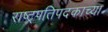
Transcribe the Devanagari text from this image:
राष्ट्रपतिपदकाच्या